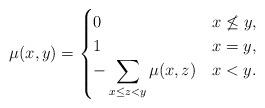
LaTeX: \begin{align*} \mu(x, y) = \begin{cases} 0 & x\not\leq y,\\ 1 & x = y,\\ -\displaystyle\sum_{x\leq z < y} \mu(x, z) & x < y. \end{cases}\end{align*}